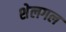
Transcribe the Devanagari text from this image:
शेलगल